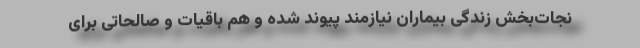
نجات‌بخش زندگی بیماران نیازمند پیوند شده و هم باقیات و صالحاتی برای